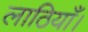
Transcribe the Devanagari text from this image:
लाठियाँ।